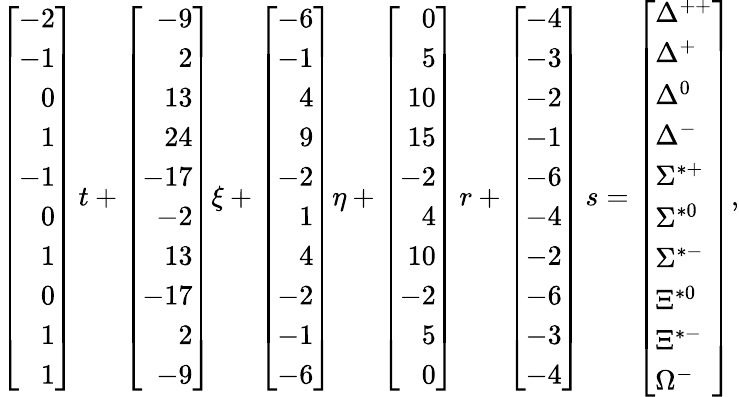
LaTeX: \left[\begin{array}{r}{{-2}}\\ {{-1}}\\ {{0}}\\ {{1}}\\ {{-1}}\\ {{0}}\\ {{1}}\\ {{0}}\\ {{1}}\\ {{1}}\end{array}\right]\, t+\left[\begin{array}{r}{{-9}}\\ {{2}}\\ {{13}}\\ {{24}}\\ {{-17}}\\ {{-2}}\\ {{13}}\\ {{-17}}\\ {{2}}\\ {{-9}}\end{array}\right]\xi+\left[\begin{array}{r}{{-6}}\\ {{-1}}\\ {{4}}\\ {{9}}\\ {{-2}}\\ {{1}}\\ {{4}}\\ {{-2}}\\ {{-1}}\\ {{-6}}\end{array}\right]\eta+\left[\begin{array}{r}{{0}}\\ {{5}}\\ {{10}}\\ {{15}}\\ {{-2}}\\ {{4}}\\ {{10}}\\ {{-2}}\\ {{5}}\\ {{0}}\end{array}\right]\, r+\left[\begin{array}{r}{{-4}}\\ {{-3}}\\ {{-2}}\\ {{-1}}\\ {{-6}}\\ {{-4}}\\ {{-2}}\\ {{-6}}\\ {{-3}}\\ {{-4}}\end{array}\right]\, s=\left[\begin{array}{l}{{\Delta^{++}}}\\ {{\Delta^{+}}}\\ {{\Delta^{0}}}\\ {{\Delta^{-}}}\\ {{\Sigma^{*+}}}\\ {{\Sigma^{*0}}}\\ {{\Sigma^{*-}}}\\ {{\Xi^{*0}}}\\ {{\Xi^{*-}}}\\ {{\Omega^{-}}}\end{array}\right],